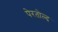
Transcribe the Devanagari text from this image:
पेरतोल्द